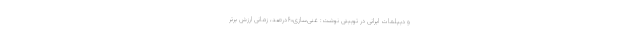
و دیپلمات ایرانی در توییتی نوشت: غنی‌سازی۶۰درصد، زمانی ارزش برترِ